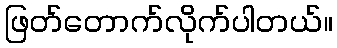
ဖြတ်တောက်လိုက်ပါတယ်။